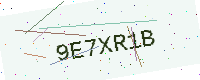
Text: 9E7XR1B